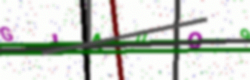
Text: GJA0O9